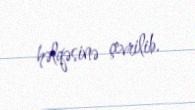
həlqəsinə çevrilib.